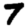
Digit: 7